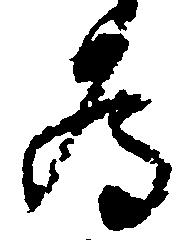
為